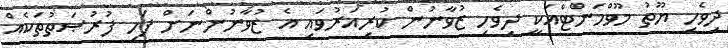
ދިވެހި ޔޫތު މޫވްމަންޓްއަކީ ދިވެހި ޒުވާނުން ކުރިއަރުވައި އެ ޒުވާނުންނަށް ފަހި ފުރުޞަތުތަކެއް